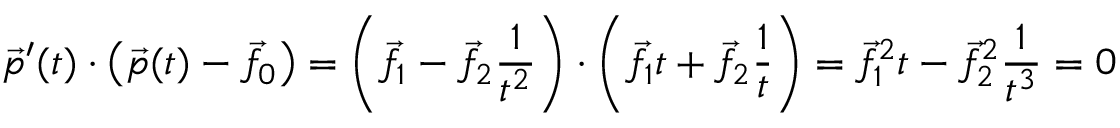
{ \vec { p } } ^ { \prime } ( t ) \cdot \left( { \vec { p } } ( t ) - { \vec { f } } _ { 0 } \right) = \left( { \vec { f } } _ { 1 } - { \vec { f } } _ { 2 } { \frac { 1 } { t ^ { 2 } } } \right) \cdot \left( { \vec { f } } _ { 1 } t + { \vec { f } } _ { 2 } { \frac { 1 } { t } } \right) = { \vec { f } } _ { 1 } ^ { 2 } t - { \vec { f } } _ { 2 } ^ { 2 } { \frac { 1 } { t ^ { 3 } } } = 0